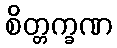
စိတ္တက္ခဏ